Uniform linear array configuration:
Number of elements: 64
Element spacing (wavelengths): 0.5
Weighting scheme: hamming
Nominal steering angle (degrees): -30
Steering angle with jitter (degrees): -29.933
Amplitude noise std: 0.05
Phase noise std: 0.05

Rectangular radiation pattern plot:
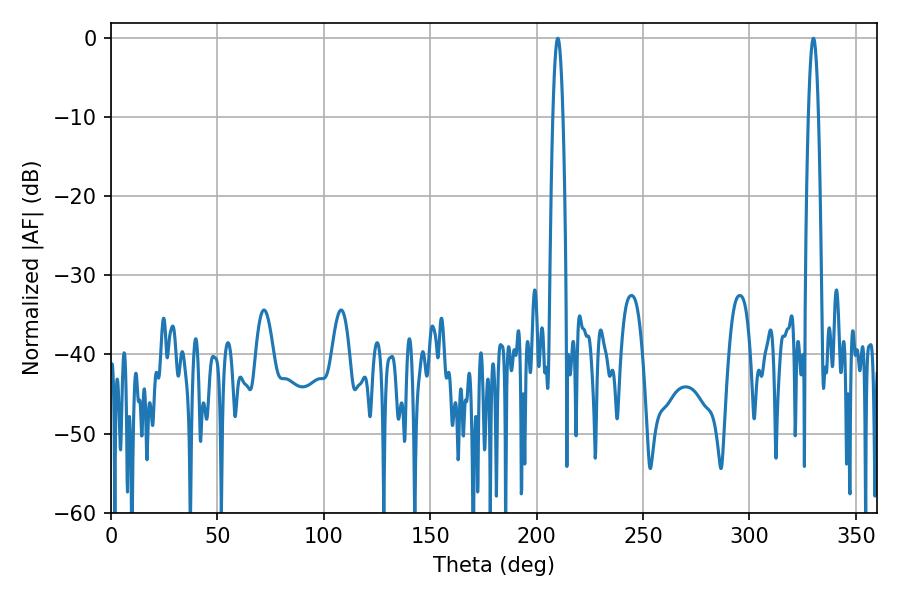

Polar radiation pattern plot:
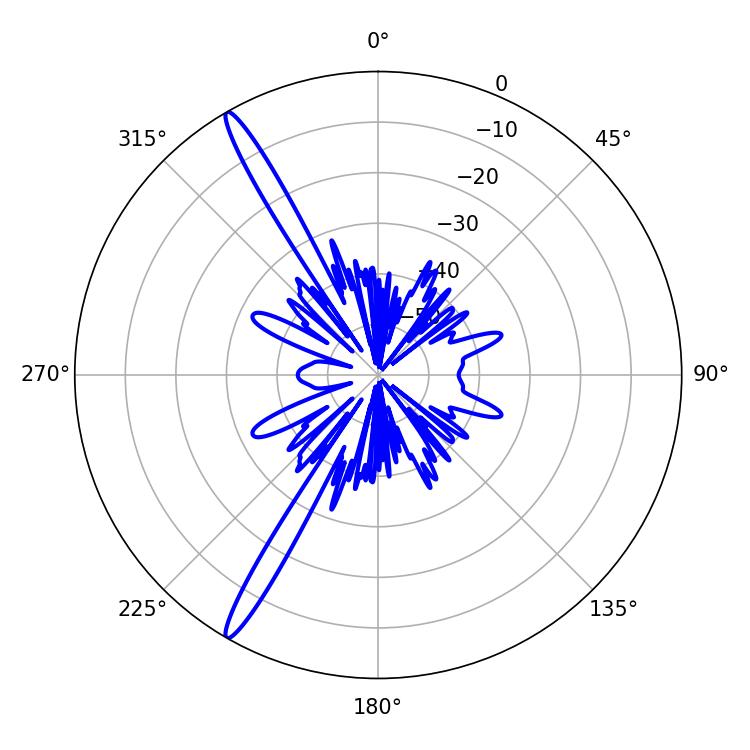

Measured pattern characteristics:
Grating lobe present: FALSE
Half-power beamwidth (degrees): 2.52
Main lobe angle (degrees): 209.88